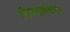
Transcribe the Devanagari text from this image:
दिग्दर्शकांत